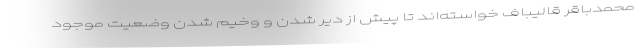
محمدباقر قالیباف خواسته‌اند تا پیش از دیر شدن و وخیم شدن وضعیت موجود